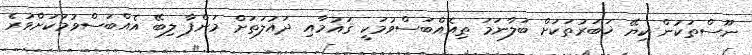
ނޫސްތަކުން ކިޔޭ ޚަބަރުތަކަށް ބަލާނަމަ ތިއެއްބަސްވުމަކީ ޤައުމާއި ދައުލަތަށް މަންފާ ލިބޭ އެއްބަސްވުމަކަށްވުރެ